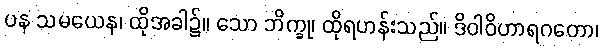
ပန သမယေန၊ ထိုအခါ၌။ သော ဘိက္ခု၊ ထိုရဟန်းသည်။ ဒိဝါဝိဟာရဂတော၊